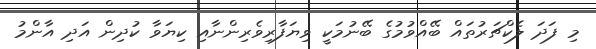
މި ފަދަ ލެކްޗަރުތައް ބޭއްވުމުގެ ބޭނުމަކީ ވިޔަފާރިވެރިންނާއި ކިޔަވާ ކުދިން އަދި އާންމު